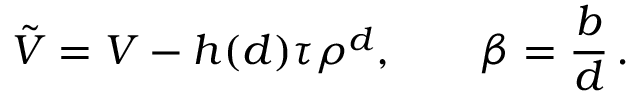
{ \tilde { V } } = V - h ( d ) \tau \rho ^ { d } , \qquad \beta = \frac { b } { d } \, .